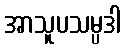
အာသူပသမ္ပဒါ